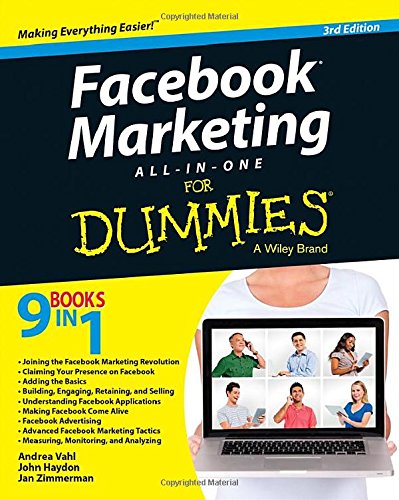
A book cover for Facebook Marketing All-in-One For Dummies; Andrea Vahl; Computers & Technology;